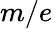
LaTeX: m/e